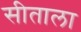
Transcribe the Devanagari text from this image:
सीताला